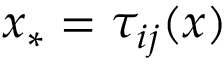
x _ { * } = \tau _ { i j } ( x )